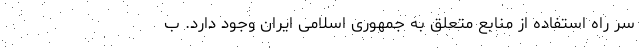
سر راه استفاده از منابع متعلق به جمهوری اسلامی ایران وجود دارد. ب